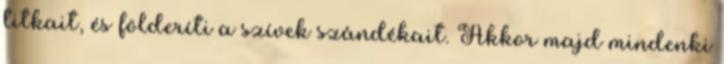
titkait, és földeríti a szívek szándékait. Akkor majd mindenki